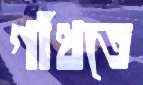
গাঁথতে